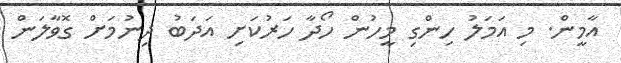
އާމީން. މި އަމަލު ހިންގި މީހުން ހޯދާ ހަރުކަށި އަދަބު ދިނުމަށް ގޮވާލަން